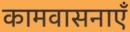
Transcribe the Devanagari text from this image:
कामवासनाएँ